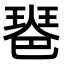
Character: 𤧲